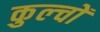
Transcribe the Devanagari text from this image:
कुल्चों